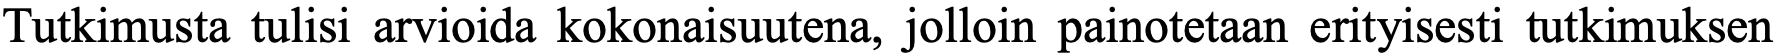
Tutkimusta tulisi arvioida kokonaisuutena, jolloin painotetaan erityisesti tutkimuksen